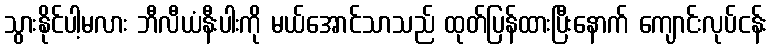
သွားနိုင်ပါ့မလား ဘီလီယံနီးပါးကို မယ်အောင်သာသည် ထုတ်ပြန်ထားပြီးနောက် ကျောင်းလုပ်ငန်း